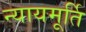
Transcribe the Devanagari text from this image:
न्‍यायमूर्ति